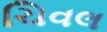
ચિવલ